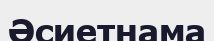
Әсиетнама